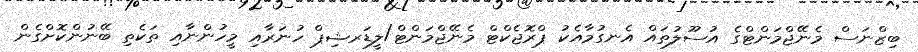
ބިޒްނަސް މެނޭޖްމަންޓްގެ އުސޫލުތައް އެނގުމާއެކު ޕްރޮޖެކްޓް މެނޭޖްމަންޓް/ލީޑަރޝިޕް ހުނަރާއި މީހުންނާއި ތަކެތި ބޭނުންކޮށްގެން